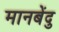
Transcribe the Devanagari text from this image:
मानबेंदु